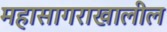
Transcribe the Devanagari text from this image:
महासागराखालील